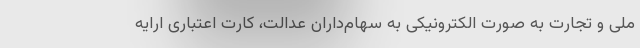
ملی و تجارت به صورت الکترونیکی به سهام‌داران عدالت، کارت اعتباری ارایه